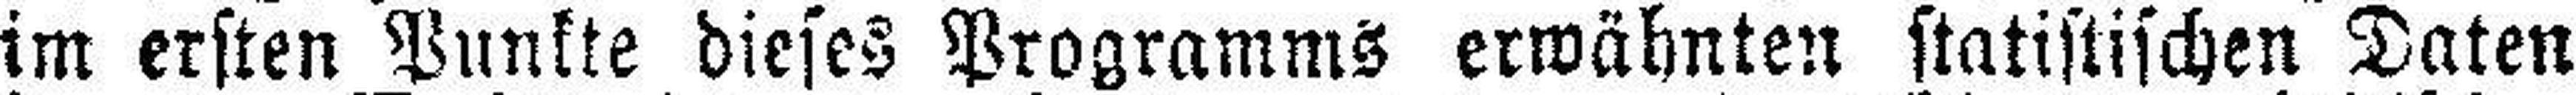
im ersten Punkte dieses Programms erwähnten statistischen Daten